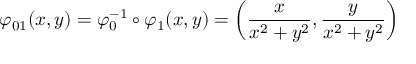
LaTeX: \varphi _ { 0 1 } ( x , y ) = \varphi _ { 0 } ^ { - 1 } \circ \varphi _ { 1 } ( x , y ) = \left( { \frac { x } { x ^ { 2 } + y ^ { 2 } } } , { \frac { y } { x ^ { 2 } + y ^ { 2 } } } \right)